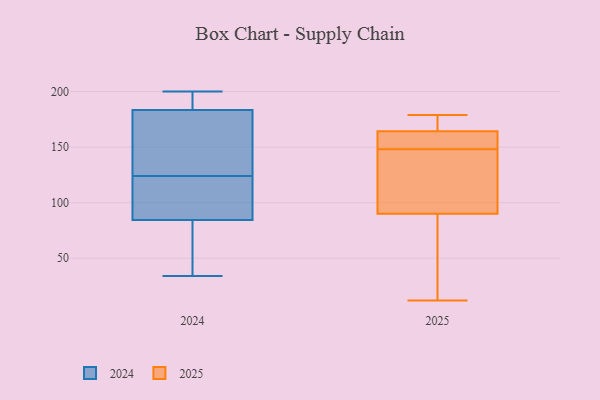
{"axis": {"x": "Energy Usage (MWh)", "y": "Value"}, "legend": ["2024", "2025"], "data": [{"x": "", "y": 75, "type": "2025"}, {"x": "", "y": 129, "type": "2025"}, {"x": "", "y": 151, "type": "2025"}, {"x": "", "y": 168, "type": "2025"}, {"x": "", "y": 12, "type": "2025"}, {"x": "", "y": 133, "type": "2025"}, {"x": "", "y": 179, "type": "2025"}, {"x": "", "y": 165, "type": "2025"}, {"x": "", "y": 162, "type": "2025"}, {"x": "", "y": 77, "type": "2025"}, {"x": "", "y": 148, "type": "2025"}, {"x": "", "y": 191, "type": "2024"}, {"x": "", "y": 200, "type": "2024"}, {"x": "", "y": 121, "type": "2024"}, {"x": "", "y": 75, "type": "2024"}, {"x": "", "y": 143, "type": "2024"}, {"x": "", "y": 50, "type": "2024"}, {"x": "", "y": 106, "type": "2024"}, {"x": "", "y": 127, "type": "2024"}, {"x": "", "y": 94, "type": "2024"}, {"x": "", "y": 176, "type": "2024"}, {"x": "", "y": 34, "type": "2024"}, {"x": "", "y": 199, "type": "2024"}]}